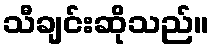
သီချင်းဆိုသည်။